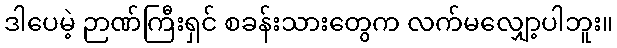
ဒါပေမဲ့ ဉာဏ်ကြီးရှင် စခန်းသားတွေက လက်မလျှော့ပါဘူး။